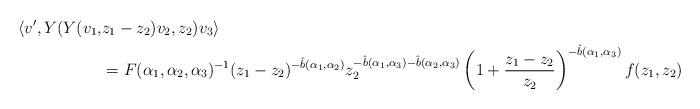
LaTeX: \begin{align*} \langle v', Y(Y(v_1, & z_1-z_2)v_2,z_2)v_3\rangle\\ &= F(\alpha_1,\alpha_2,\alpha_3)^{-1} (z_1-z_2)^{-\hat{b}(\alpha_1,\alpha_2)} z_2^{-\hat{b}(\alpha_1,\alpha_3)-\hat{b}(\alpha_2,\alpha_3)} \left(1+\frac{z_1-z_2}{z_2}\right)^{-\hat{b}(\alpha_1,\alpha_3)} f(z_1,z_2)\end{align*}